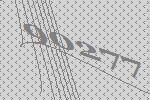
90277